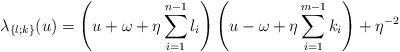
LaTeX: \begin{align*} \lambda_{\{l;k\}}(u) =\left(u+\omega+\eta\sum_{i=1}^{n-1}l_i\right)\left(u-\omega+\eta\sum_{i=1}^{m-1}k_i\right)+\eta^{-2}\end{align*}